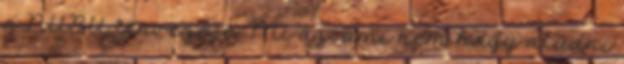
a NUBU tervezője. Mi az, ami nem hagy aludni